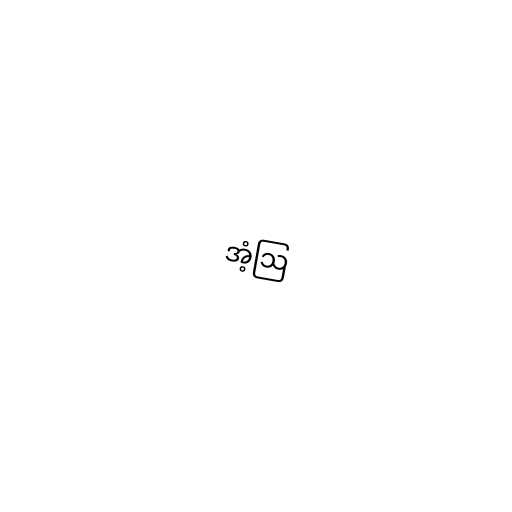
အံ့ဩ